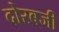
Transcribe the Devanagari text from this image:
दोरबजी